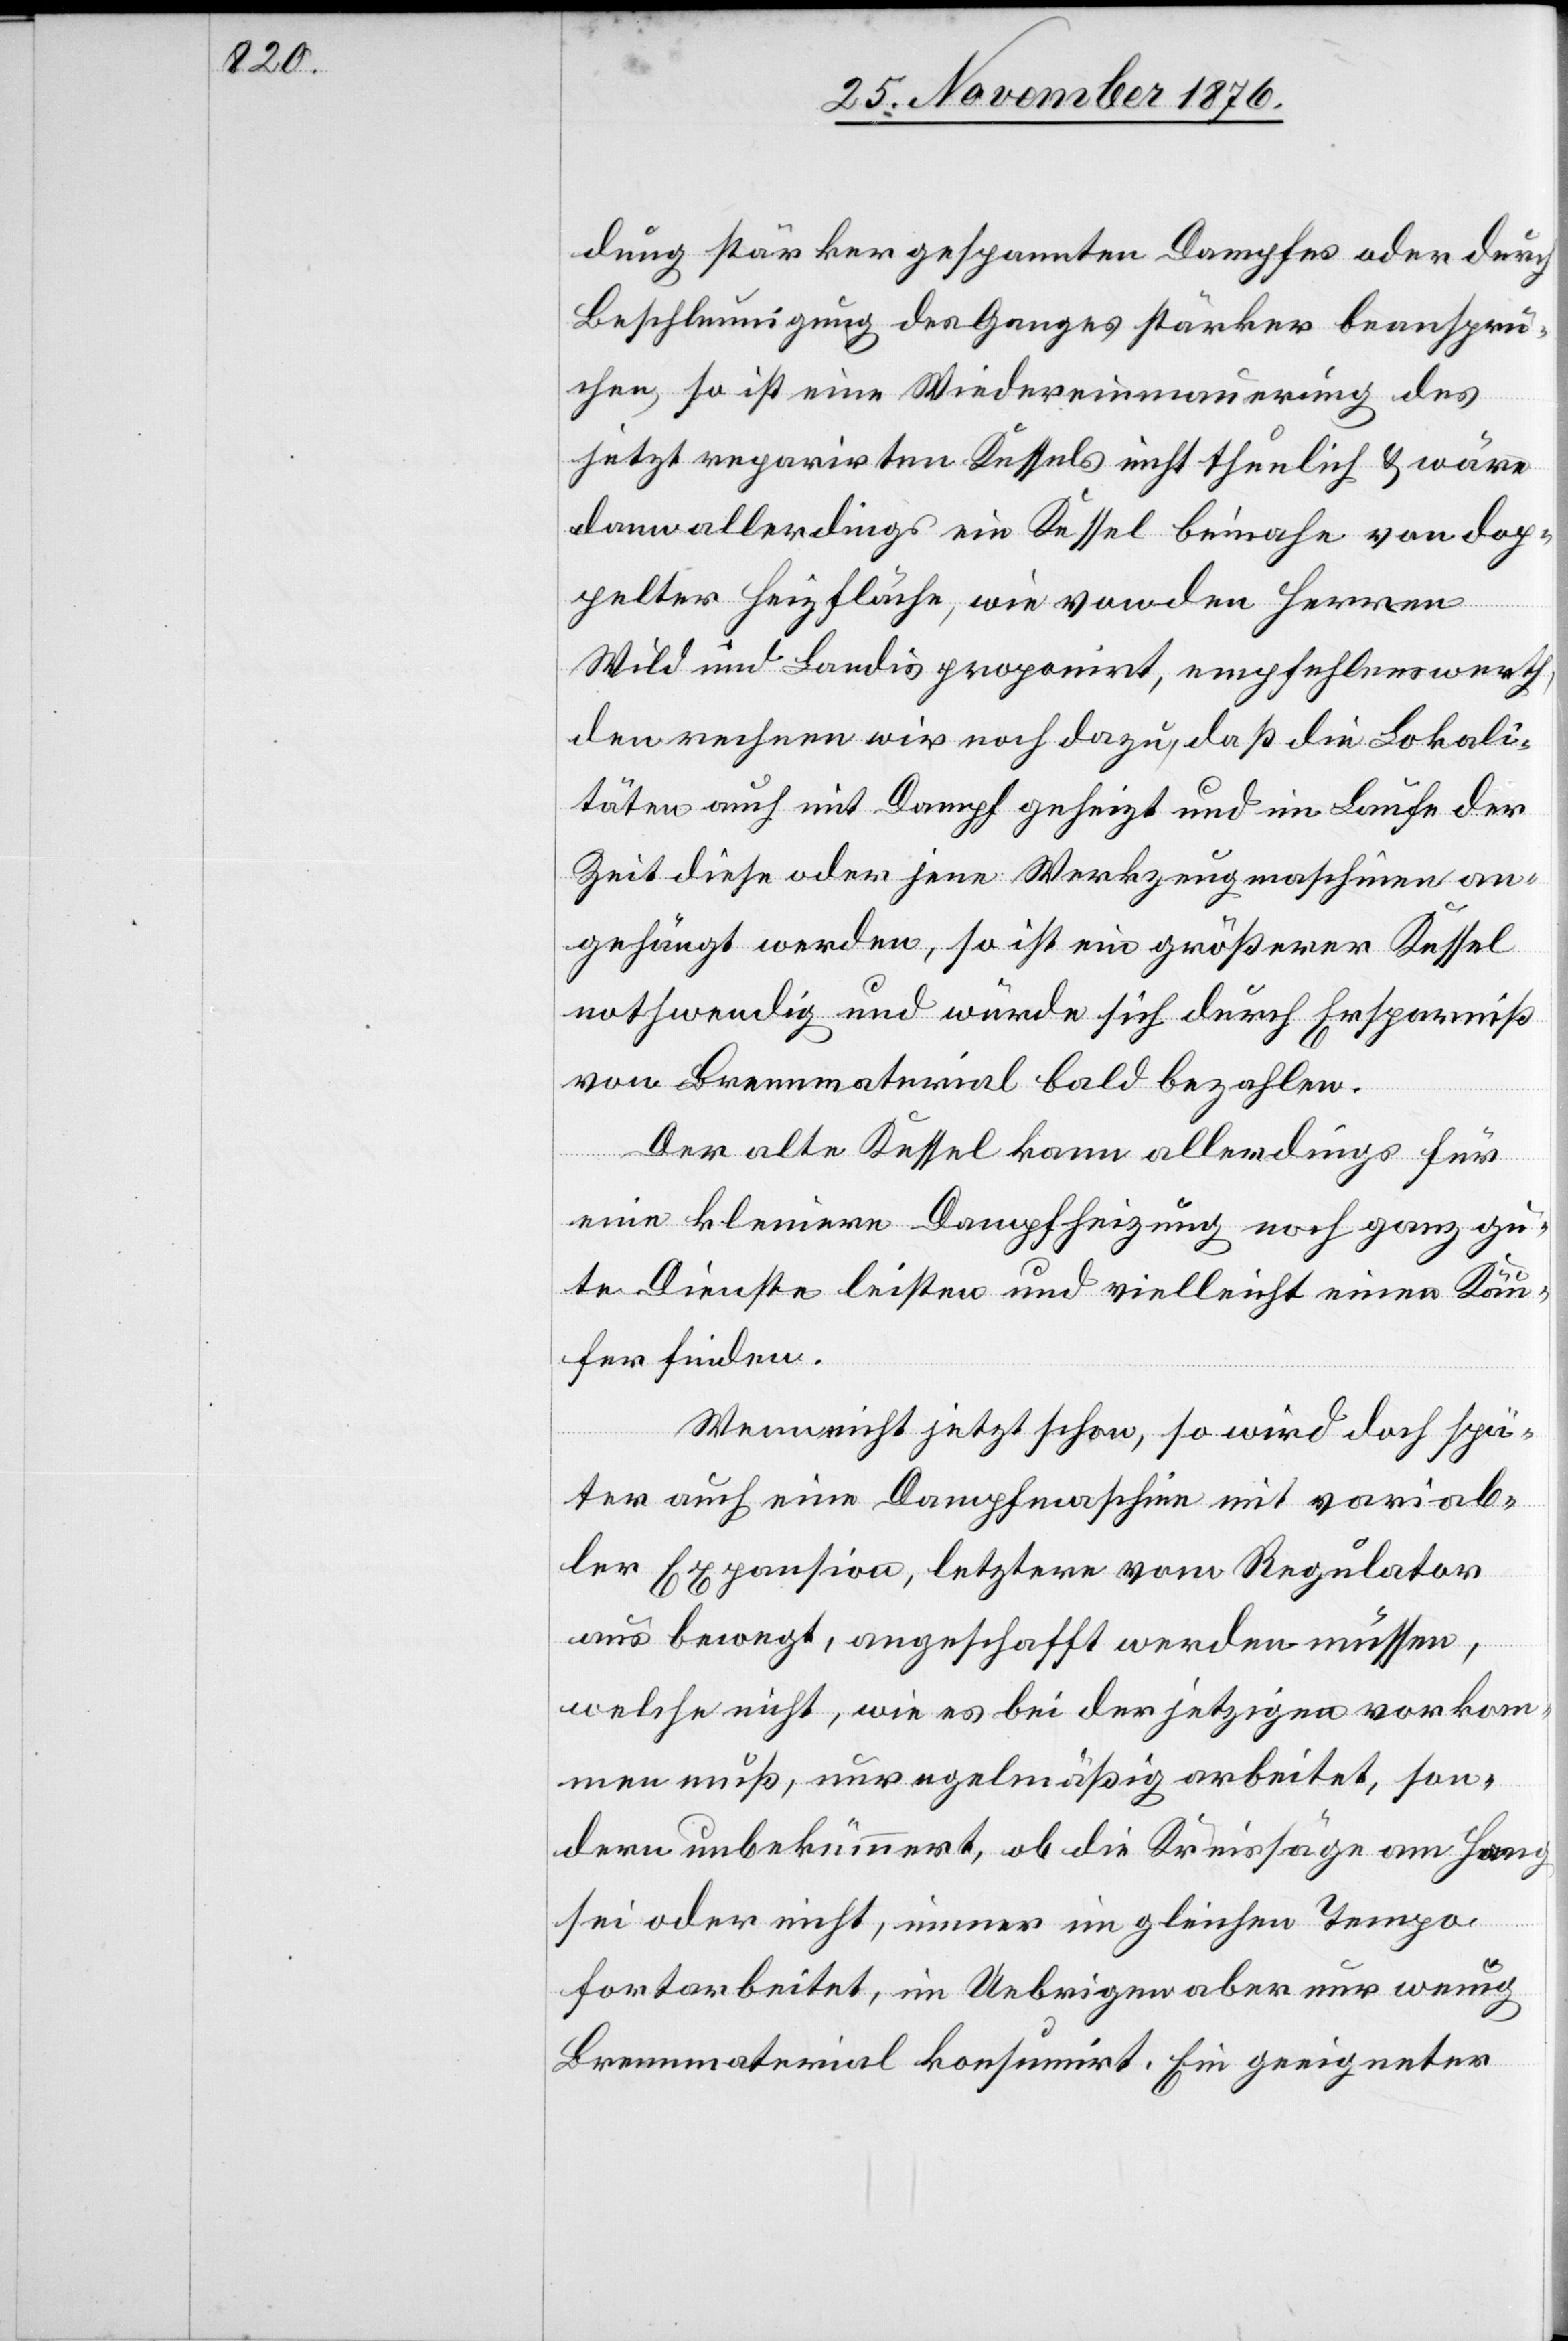
dung stärker gespannten Dampfes oder durch
Beschleunigung des Ganges stärker beanspru¬
chen, so ist eine Wiedereinmauerung des
den
jetzt reparirten Kessels nicht thunlich & wäre
dann allerdings ein Kessel beinahe von dop¬
pelter Heizfläche, wie von den Herren
Wild und Landis proponirt, empfehlenswerth,
denn] rechnen wir noch dazu, daß die Lokali¬
täten auch mit Dampf geheizt und im Laufe der
Zeit diese oder jene Werkzeugmaschinen an¬
gehängt werden, so ist ein größerer Kessel
nothwendig und würde sich durch Ersparniß
von Brennmaterial bald bezahlen.
[r¬
Der alte Kessel kann allerdings für
eine kleinere Dampfheizung noch ganz gu¬
te Dienste leisten und vielleicht einen Käu¬
fer finden.
Wenn nicht jetzt schon, so wird doch spä¬
ter auch eine Dampfmaschine mit variab¬
ler Expansion, letztere vom Regulator
aus bewegt, angeschafft werden müssen,
welche nicht, wie es bei der jetzigen vorkom¬
men muß, nur regelmäßig arbeitet, son¬
dern unbekümmert, ob die Kreissäge am Hang
ecte:
sei oder nicht, immer im gleichen Tempo
fortarbeitet, im Uebrigen aber nur wenig
Brennmaterial konsumirt. Ein geeigneter